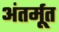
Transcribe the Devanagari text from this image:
अंतर्मूत